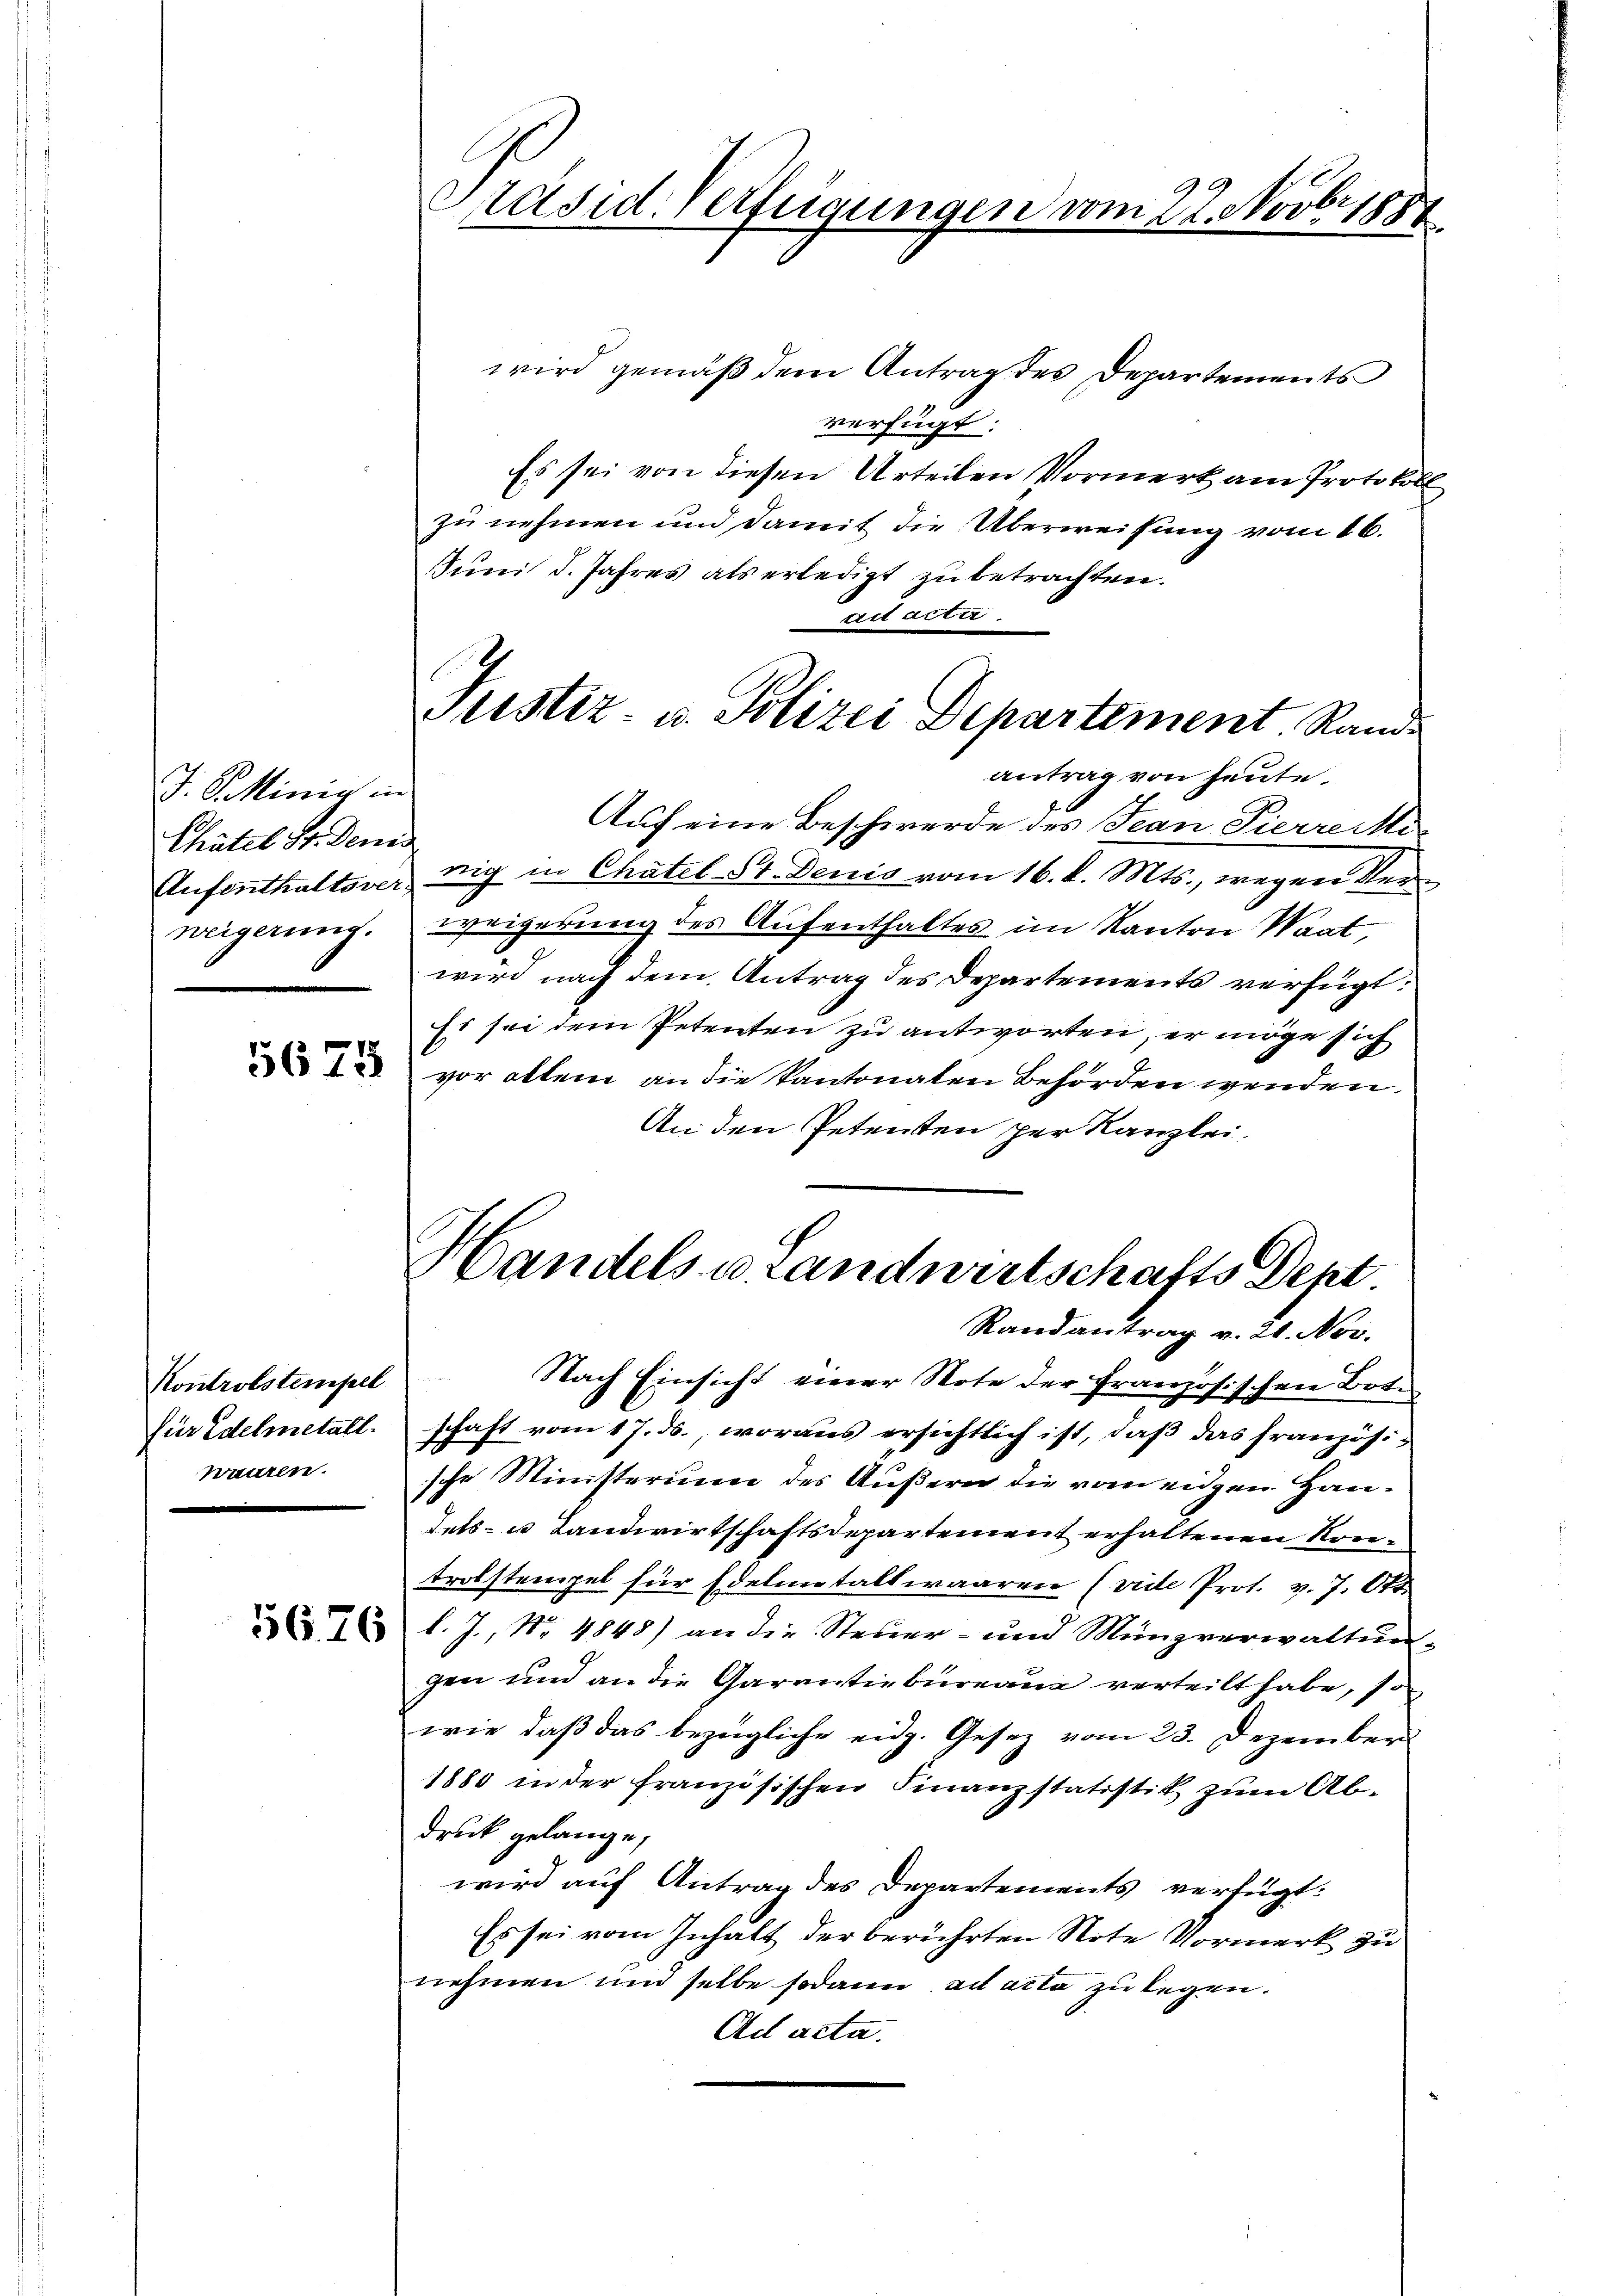
J. Schinig in
Chatel Sr. Denis
neigerung.

5675

Kontrolstempel
für Edelmetall.
Wanten.

5626

Präsid. Verfügungen vom 22. Novbr. 188

wird gemäß dem Antrag des Departements
verfügt:
Es sei von diesen Urteilen Vormerk am Protokoll
zu nehmen und damit die Überweisung vom 16.
Juni d. Jahres als erledigt zu betrachten.
act acte.
antrag von heute.
Auf eine Beschwerde des Jean Pierrecte
Aufenthaltsverzig in Chatel St. Denis vom 16. d. Mts., wegen Verweigerung des Aufenthaltes im Kanton Wart
wird nach dem Antrag des Departements verfügt:
Es sei dem Petenten zu antworten, er möge sich
vor allem an die kantonaten Behörden wenden.
An den Petenten per Kanzlei.
Handels u. Landwirtschafts Dept
Randantrag v. 21. Nov.
Nach Einsicht einer Note der französischen Bote
schaft vom 17. ds., woraus ersichtlich ist, daß das französische Ministerium des Äußern die vom eigen Han¬
Tets- u Landwirtschaftsdepartement erhaltenen Kontrolstempel für Edelmetallwaarrie (vide Prot. v. 7. Okt
l. J., No 4848) an die Steuer- und Münzverwaltungen und an die Garantiebureau verteilt habe, so
wie daß das bezügliche eidg. Gesetz vom 23. Dezember
1880 in der französischen Finanzstatistik zum Ab-
druck gelange,
wird auf Antrag des Departements verfügt:
Es sei vom Inhalt der berührten Note Vormerk zu
nehmen und selbe sodann ad acta zu legen.
Ad acta.

Justiz- u. Polizei Departement. Rande

5